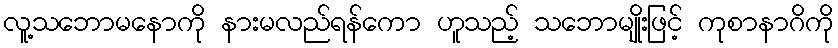
လူ့သဘောမနောကို နားမလည်ရန်ကော ဟူသည့် သဘောမျိုးဖြင့် ကုစာနာဂိကို